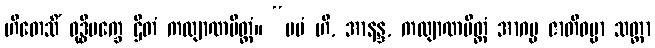
ဟိတေသိံ ဝုဒ္ဓိပက္ခေ ဌိတံ ကလျာဏမိတ္တံ။ “မမံ ဟိ, အာနန္ဒ, ကလျာဏမိတ္တံ အာဂမ္မ ဇာတိဓမ္မာ သတ္တာ